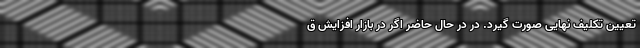
تعیین تکلیف نهایی صورت گیرد. در در حال حاضر اگر در بازار افزایش ق